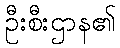
ဦးစီးဌာန၏